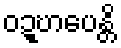
ဝဍ္ဎာပေန္တိ